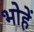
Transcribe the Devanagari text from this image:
भोहें